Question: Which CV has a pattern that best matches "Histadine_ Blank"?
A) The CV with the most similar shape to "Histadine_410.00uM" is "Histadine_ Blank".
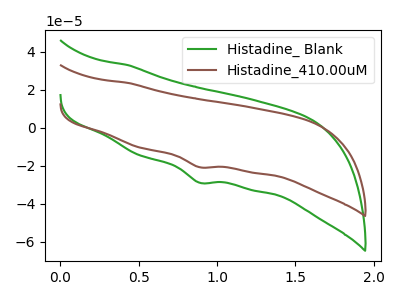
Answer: <think>The green curve "Histadine_ Blank" has a cathodic peak at: (0.90V, -28.80uA). The brown curve "Histadine_410.00uM" has a cathodic peak at: (0.90V, -20.65uA).
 All the peaks in "Histadine_ Blank" have a peak in "Histadine_410.00uM" at the same potential. Every peak in "Histadine_ Blank" is higher than every peak in "Histadine_410.00uM".</think>
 <answer>A) The CV with the most similar shape to "Histadine_410.00uM" is "Histadine_ Blank".</answer>
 <eval>A</eval>